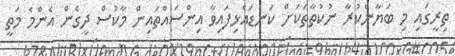
ތިރީގައި މި ބަޔާންކުރާ ނުކުތާތަކަށް ކަނޑައެޅިފައިވާ އިންސައްތައިން މާކުސް ދީގެން އެންމެ މަތީ